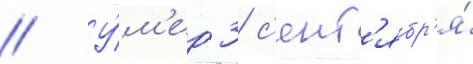
// У́м'ер 3 с'ент'ябр'я́